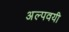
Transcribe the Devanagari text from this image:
अल्पवयी